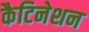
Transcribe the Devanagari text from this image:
कैटिनेशन